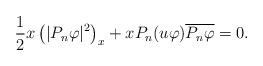
LaTeX: \begin{align*} \frac{1}{2}x\left(|P_n\varphi|^2\right)_x + xP_n(u\varphi)\overline{P_n\varphi}=0.\end{align*}